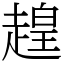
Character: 䞹